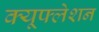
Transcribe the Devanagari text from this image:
क्यूफ्लेशन